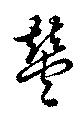
豊